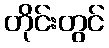
တိုင်းတွင်